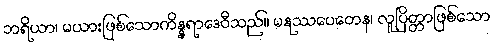
ဘရိယာ၊ မယားဖြစ်သောကိန္နရာဒေဝီသည်။ မနုဿပေတေန၊ လူပြိတ္တာဖြစ်သော